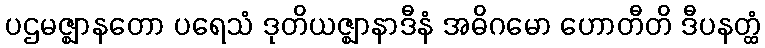
ပဌမဇ္ဈာနတော ပရေသံ ဒုတိယဇ္ဈာနာဒီနံ အဓိဂမော ဟောတီတိ ဒီပနတ္ထံ